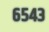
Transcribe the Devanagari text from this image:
६५४३